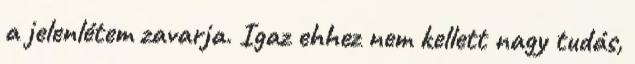
a jelenlétem zavarja. Igaz ehhez nem kellett nagy tudás,